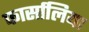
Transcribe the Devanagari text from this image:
फार्सालिया